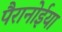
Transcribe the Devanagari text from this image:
पैरानोईया